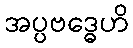
အပ္ပဗဒ္ဓေဟိ